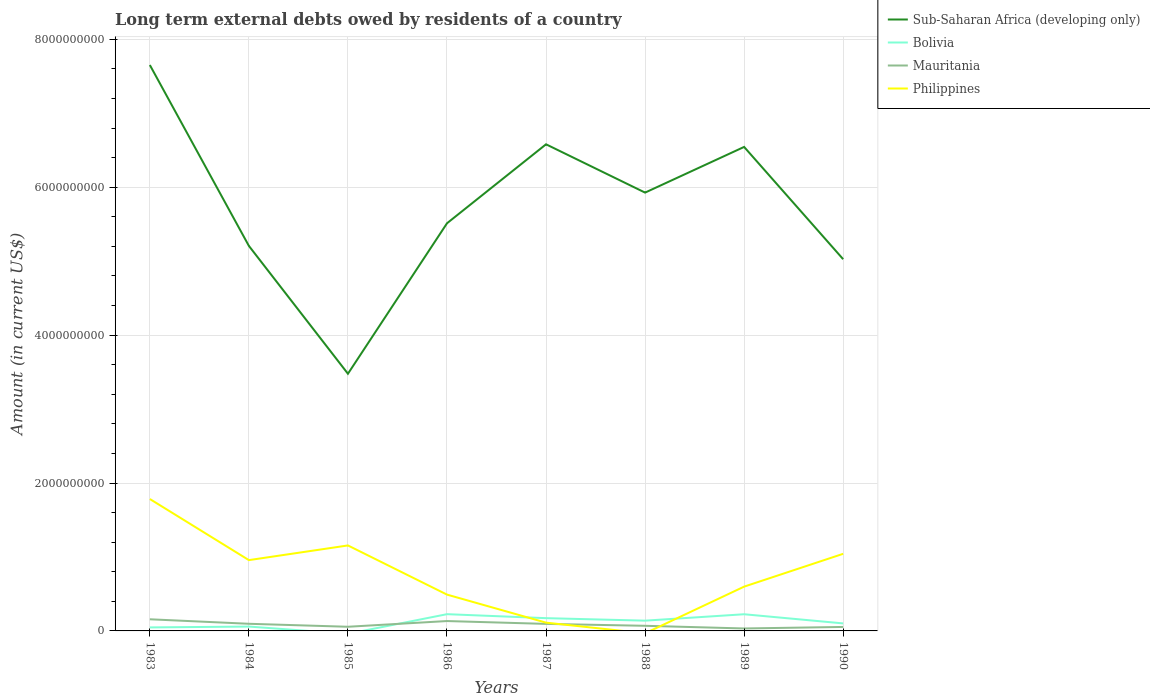
| Years | Sub-Saharan Africa (developing only) | Bolivia | Mauritania | Philippines |
 | --- | --- | --- | --- | --- |
 | 1983 | 7.65e+09 | 4.74e+07 | 1.57e+08 | 1.78e+09 |
 | 1984 | 5.21e+09 | 5.9e+07 | 9.66e+07 | 9.57e+08 |
 | 1985 | 3.48e+09 | -3.9e+07 | 5.62e+07 | 1.16e+09 |
 | 1986 | 5.51e+09 | 2.26e+08 | 1.33e+08 | 4.91e+08 |
 | 1987 | 6.58e+09 | 1.73e+08 | 9.51e+07 | 1.12e+08 |
 | 1988 | 5.93e+09 | 1.39e+08 | 6.94e+07 | -3.23e+07 |
 | 1989 | 6.55e+09 | 2.25e+08 | 3.32e+07 | 5.99e+08 |
 | 1990 | 5.03e+09 | 1.02e+08 | 5.39e+07 | 1.04e+09 |